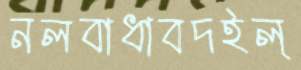
নলবাধাবদইল্